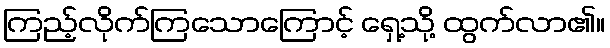
ကြည့်လိုက်ကြသောကြောင့် ရှေ့သို့ ထွက်လာ၏။